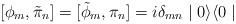
LaTeX: \begin{align*}[\phi_{m} , \tilde{\pi}_{n} ] = [\tilde{\phi}_{m} , \pi_{n} ] =i \delta_{mn} \mid 0 \rangle \langle 0 \mid \end{align*}